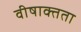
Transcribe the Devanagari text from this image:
वीषाक्तता